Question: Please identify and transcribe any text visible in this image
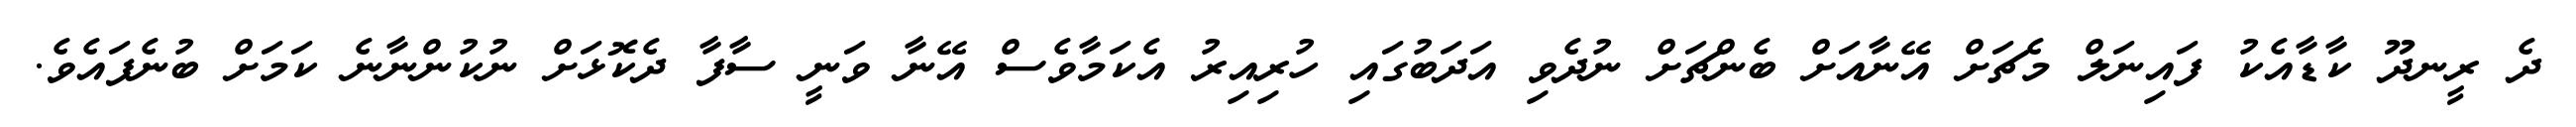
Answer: ދެ ރީނދޫ ކާޑާއެކު ފައިނަލް މެޗަށް އޭނާއަށް ބެންޗަށް ނުދެވި އަދަބުގައި ހުރިއިރު އެކަމާވެސް އޭނާ ވަނީ ސާފާ ދެކޮޅަށް ނުކުންނާނެ ކަމަށް ބުނެފައެވެ.